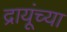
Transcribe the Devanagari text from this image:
द्रायूंच्या